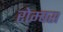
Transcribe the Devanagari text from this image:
रोम्बस